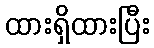
ထားရှိထားပြီး